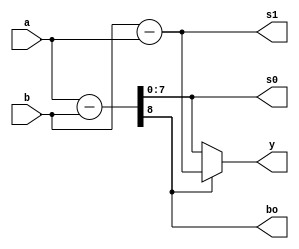
module abs(a,b,bo,s0,s1,y);
input[7:0] a,b;
output[7:0] y,s0,s1;
output bo;
assign {bo,s0}=a-b;
assign s1=b-a;
assign y=bo?s1:s0;
endmodule

module test_abs;
reg[7:0] a,b;
wire[7:0] y,s0,s1;
wire bo;

abs u1(a,b,bo,s0,s1,y);
initial begin
	a=100;b=50;
#10 	      b=255;
#10	a=0;  b=1;
#10	a=2;
#10	$stop;
end
endmodule
//21811957 jeongbomi